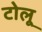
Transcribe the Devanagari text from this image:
टोलू